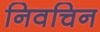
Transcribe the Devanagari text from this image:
निवचिन